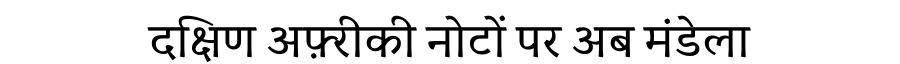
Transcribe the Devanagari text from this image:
दक्षिण अफ़्रीकी नोटों पर अब मंडेला